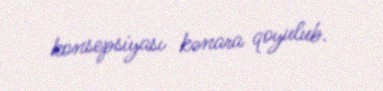
konsepsiyası kənara qoyulub.